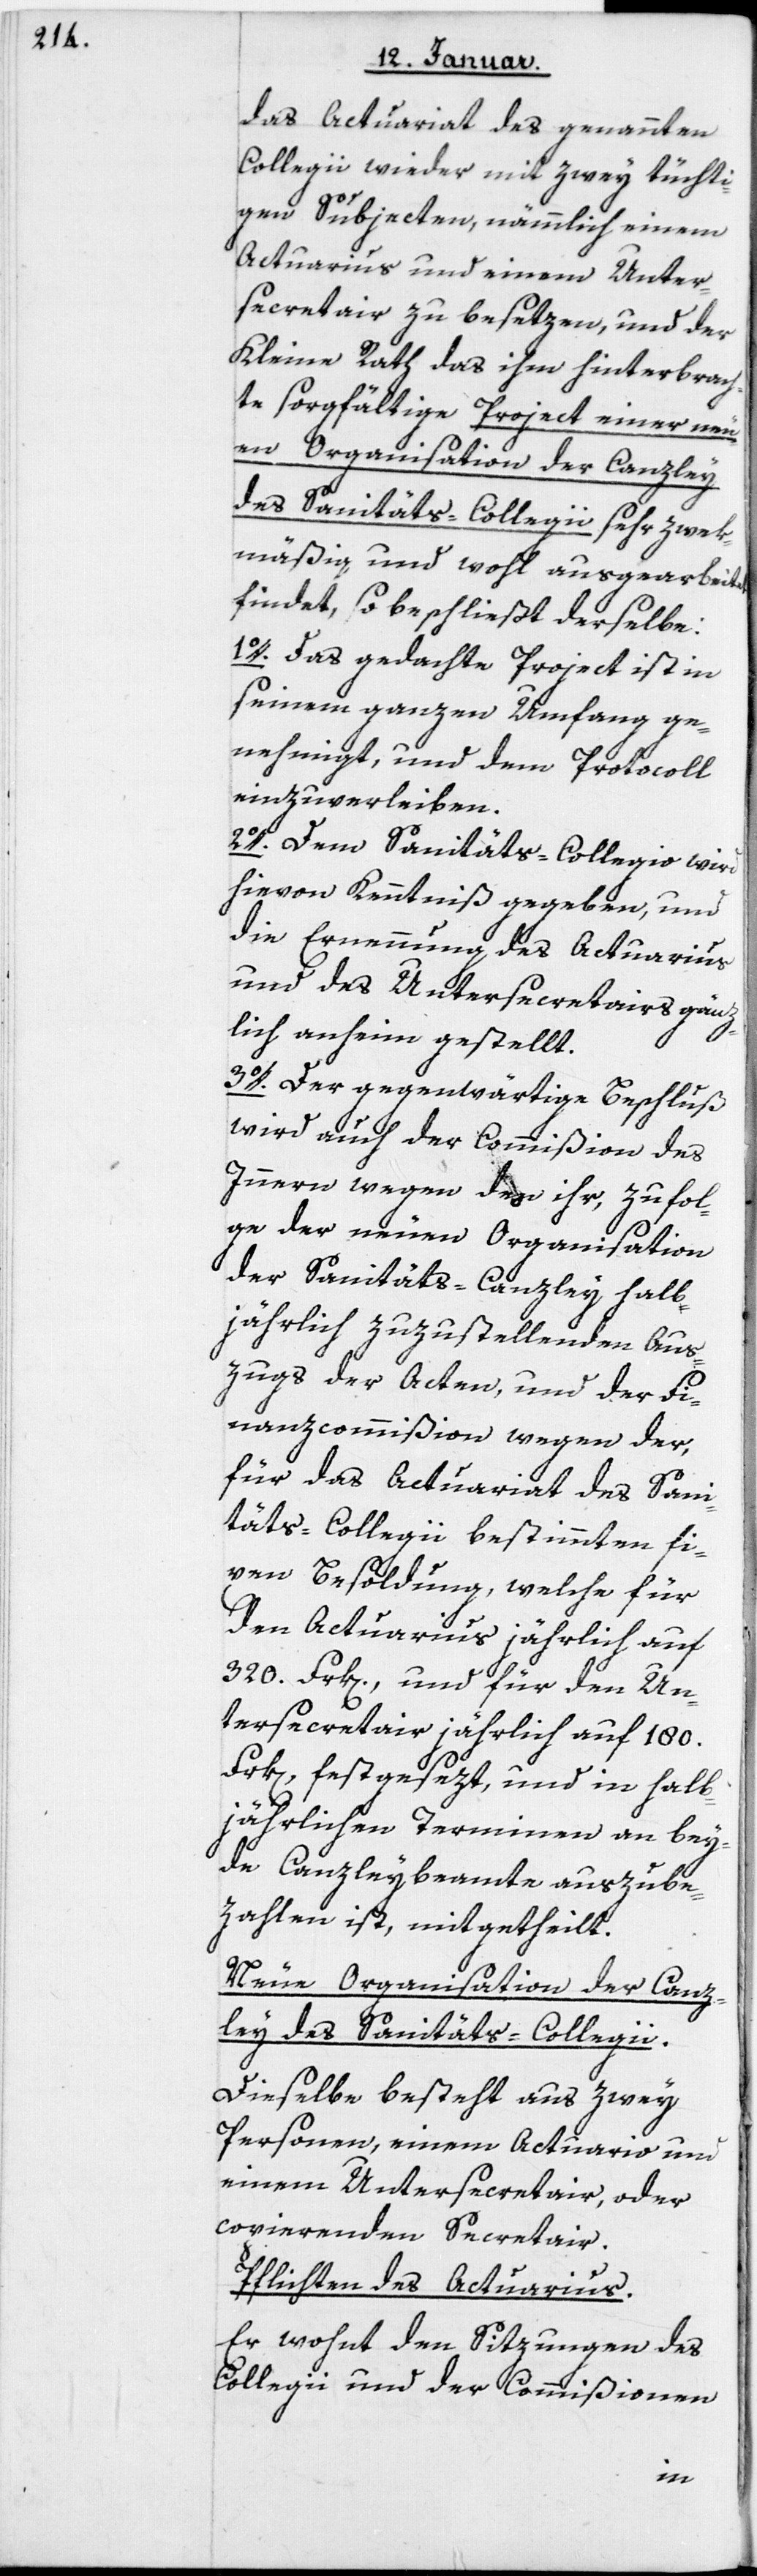
das Actuariat des genannten
Collegii wieder mit zwey tüchti¬
gen Subjecten, nämlich einem
Actuarius und einem Unter¬
secretair zu besetzen, und der
Kleine Rath das ihm hinterbrach¬
te sorgfältige Project einer neu¬
en Organisation der Canzley
des Sanitäts-Collegii sehr zwek¬
mäßig und wohl ausgearbeitet
findet, so beschließt derselbe:
1. Das gedachte Project ist in
seinem ganzen Umfang ge¬
nehmigt, und dem Protocoll
einzuverleiben.
2. Dem Sanitäts-Collegio wird
hievon Kenntniß gegeben, und
die Ernennung des Actuarius
und des Untersecretairs gänz¬
lich anheim gestellt.
3. Der gegenwärtige Beschluß
wird auch der Commißion des
Innern wegen des ihr, zu Fol¬
ge der neuen Organisation
der Sanitäts-Canzley halb¬
jährlich zuzustellenden Aus¬
zugs der Acten, und der Fi¬
nanzcommißion wegen der,
für das Actuariat des Sani¬
täts-Collegii bestimmten fi¬
xen Besoldung, welche für
den Actuarius jährlich auf
320 Frk[en], und für Un¬
tersecretair jährlich auf 180
Frk[en], festgesetzt und in halb¬
jährlichen Terminen an bey¬
de Canzleybeamte auszube¬
zahlen ist, mitgetheilt.
Neue Organisation der Canz¬
ley des Sanitäts-Collegii.
Dieselbe besteht aus zwey
Personen, einem Actuario und
einem Untersecretair oder
copierenden Secretair.
Pflichten des Actuarius.
Er wohnt den Sitzungen des
Collegii und der Commißionen